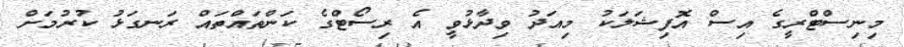
މިނިސްޓްރީގެ އިސް އޮފިޝަލަކު މިއަދު ވިދާޅުވީ އެ ރިސޯޓްގެ ކަންތައްތައް ރަނގަޅު ކުރުމަށް